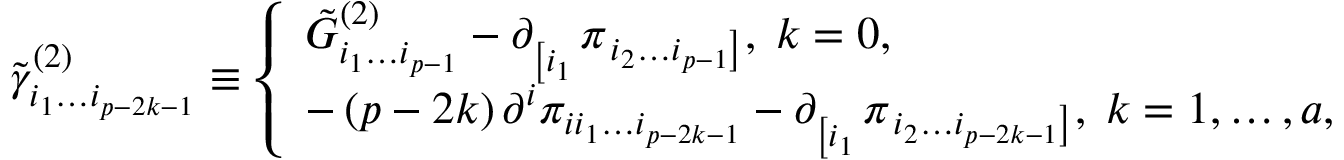
\tilde { \gamma } _ { i _ { 1 } \ldots i _ { p - 2 k - 1 } } ^ { ( 2 ) } \equiv \left\{ \begin{array} { l } { { \tilde { G } _ { i _ { 1 } \ldots i _ { p - 1 } } ^ { ( 2 ) } - \partial _ { \left[ i _ { 1 } \right. } ^ { } \pi _ { \left. i _ { 2 } \ldots i _ { p - 1 } \right] } , \; k = 0 , } } \\ { { - \left( p - 2 k \right) \partial ^ { i } \pi _ { i i _ { 1 } \ldots i _ { p - 2 k - 1 } } - \partial _ { \left[ i _ { 1 } \right. } ^ { } \pi _ { \left. i _ { 2 } \ldots i _ { p - 2 k - 1 } \right] } , \; k = 1 , \ldots , a , } } \end{array} \right.